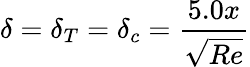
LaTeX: \delta=\delta_{T}=\delta_{c}={\frac{5.0x}{\sqrt{Re}}}